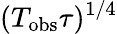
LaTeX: (T_{\mathrm{obs}}\tau)^{1/4}